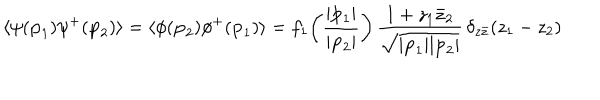
\langle \psi ( { \bf p } _ { 1 } ) \psi ^ { + } ( { \bf p } _ { 2 } ) \rangle = \langle \phi ( { \bf p } _ { 2 } ) \phi ^ { + } ( { \bf p } _ { 1 } ) \rangle = f _ { 1 } \! \left( \frac { | { \bf p } _ { 1 } | } { | { \bf p } _ { 2 } | } \right) \frac { 1 + z _ { 1 } \bar { z } _ { 2 } } { \sqrt { | { \bf p } _ { 1 } | | { \bf p } _ { 2 } | } } \, \delta _ { z \bar { z } } ( z _ { 1 } - z _ { 2 } )